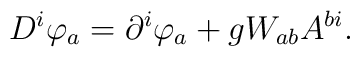
D^{i}\varphi _{a}=\partial ^{i}\varphi _{a}+gW_{ab}A^{bi}.